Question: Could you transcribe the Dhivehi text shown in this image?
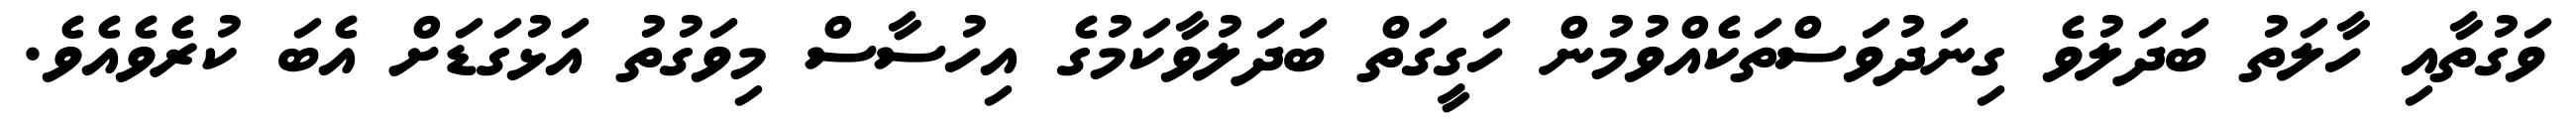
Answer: ވަގުތާއި ހާލަތު ބަދަލުވެ ގިނަދުވަސްތަކެއްވުމުން ހަގީގަތް ބަދަލުވާކަމުގެ އިހުސާސް މިވަގުތު އަޅުގަޑަށް އެބަ ކުރެވެއެވެ.